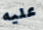
عليه